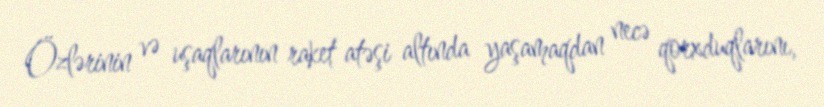
Özlərinin və uşaqlarının raket atəşi altında yaşamaqdan necə qorxduqlarını,